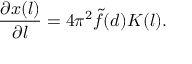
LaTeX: \frac { \partial x ( l ) } { \partial l } = 4 \pi ^ { 2 } \tilde { f } ( d ) K ( l ) .